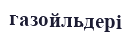
газойльдері